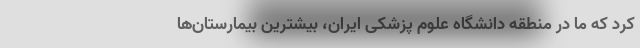
کرد که ما در منطقه دانشگاه علوم پزشکی ایران، بیشترین بیمارستان‌ها